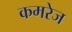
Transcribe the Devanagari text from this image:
कमरेज